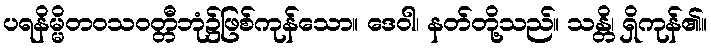
ပရနိမ္မိတဝသဝတ္တီဘုံ၌ဖြစ်ကုန်သော။ ဒေဝါ၊ နတ်တို့သည်။ သန္တိ၊ ရှိကုန်၏။